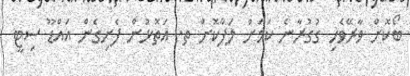
ބޯކޮށް ވާރޭވެހި ގުގުރާނެ ކަމަށް ލަފާކޮށް ތ. އަތޮޅުން ފެށިގެން އައްޑޫ ސިޓީ